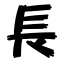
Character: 長